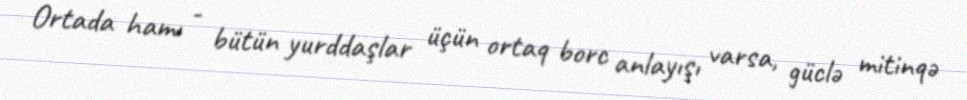
Ortada hamı - bütün yurddaşlar üçün ortaq borc anlayışı varsa, güclə mitinqə